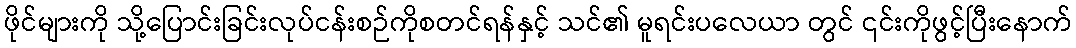
ဖိုင်များကို သို့ပြောင်းခြင်းလုပ်ငန်းစဉ်ကိုစတင်ရန်နှင့် သင်၏ မူရင်းပလေယာ တွင် ၎င်းကိုဖွင့်ပြီးနောက်